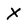
Character: X